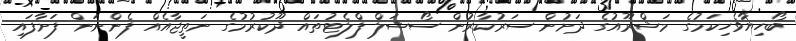
ބޯހިޔާވެހިކަމުގެ މަޝްރޫއުގެ ދަށުން ސަރުކާރުން ސޯޝަލް ފްލެޓުތައް ދޫކުރުމުގެ ނަތީޖާއެއް ފެންނަން ފަށާފައި